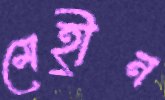
মেহ্রীন